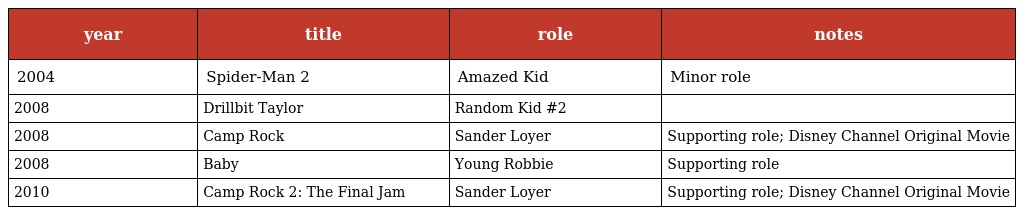
| year | title | role | notes |
 | --- | --- | --- | --- |
 | 2004 | Spider-Man 2 | Amazed Kid | Minor role |
 | 2008 | Drillbit Taylor | Random Kid #2 |  |
 | 2008 | Camp Rock | Sander Loyer | Supporting role; Disney Channel Original Movie |
 | 2008 | Baby | Young Robbie | Supporting role |
 | 2010 | Camp Rock 2: The Final Jam | Sander Loyer | Supporting role; Disney Channel Original Movie |